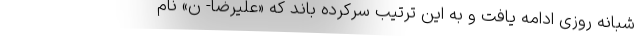
شبانه روزی ادامه یافت و به این ترتیب سرکرده باند که «علیرضا- ن» نام